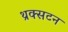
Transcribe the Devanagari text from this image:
थ्रक्सटन